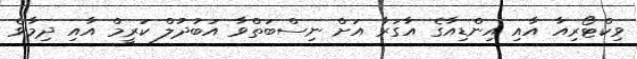
ވިކްޓޯރިއާ އާއި އިންޑިއާގެ އާގަރާ އަށް ނިސްބަތްވާ އަބުދުލް ކަރީމް އާއި ދިމާވެ